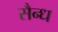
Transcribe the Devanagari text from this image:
सैन्ध